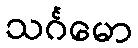
သင်္ဂမော